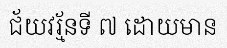
ជ័យវរ្ម័នទី ៧ ដោយមាន